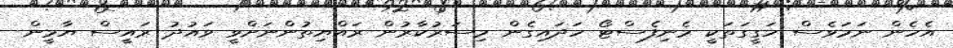
އެހެން ނަމަވެސް ހަގީގަތަކީ މެނިފެސްޓޯ ހަދައިގެން މިސަރުކާރުން ރައްޔިތުންނަށްވީ ވައުދު ރައީސް ޔާމީން